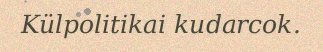
Külpolitikai kudarcok.